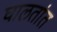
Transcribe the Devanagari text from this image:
घालतांत